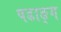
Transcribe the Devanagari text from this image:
षडाङ्ग